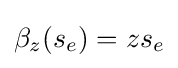
\beta _{z}(s_{e})=zs_{e}